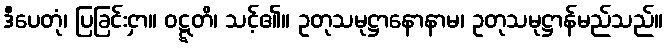
ဒီပေတုံ၊ ပြခြင်းငှာ။ ဝဋ္ဋတိ၊ သင့်၏။ ဥတုသမုဋ္ဌာနောနာမ၊ ဥတုသမုဋ္ဌာန်မည်သည်။